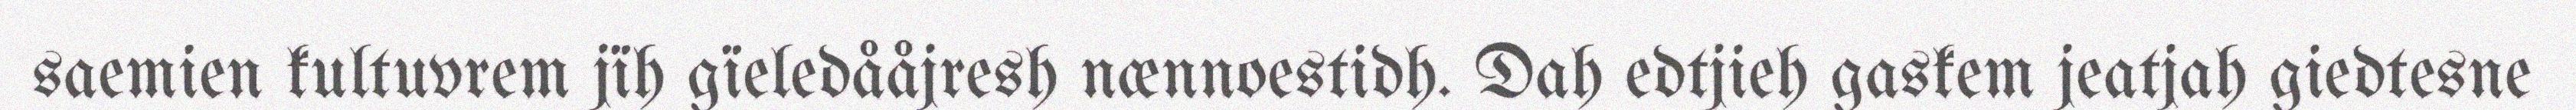
saemien kultuvrem jïh gïeledååjresh nænnoestidh. Dah edtjieh gaskem jeatjah giedtesne